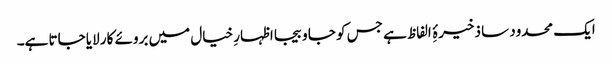
ایک محدود سا ذخیرۂِ الفاظ ہے جس کو جا و بیجا اظہارِ خیال میں بروئے کار لایا جاتا ہے۔